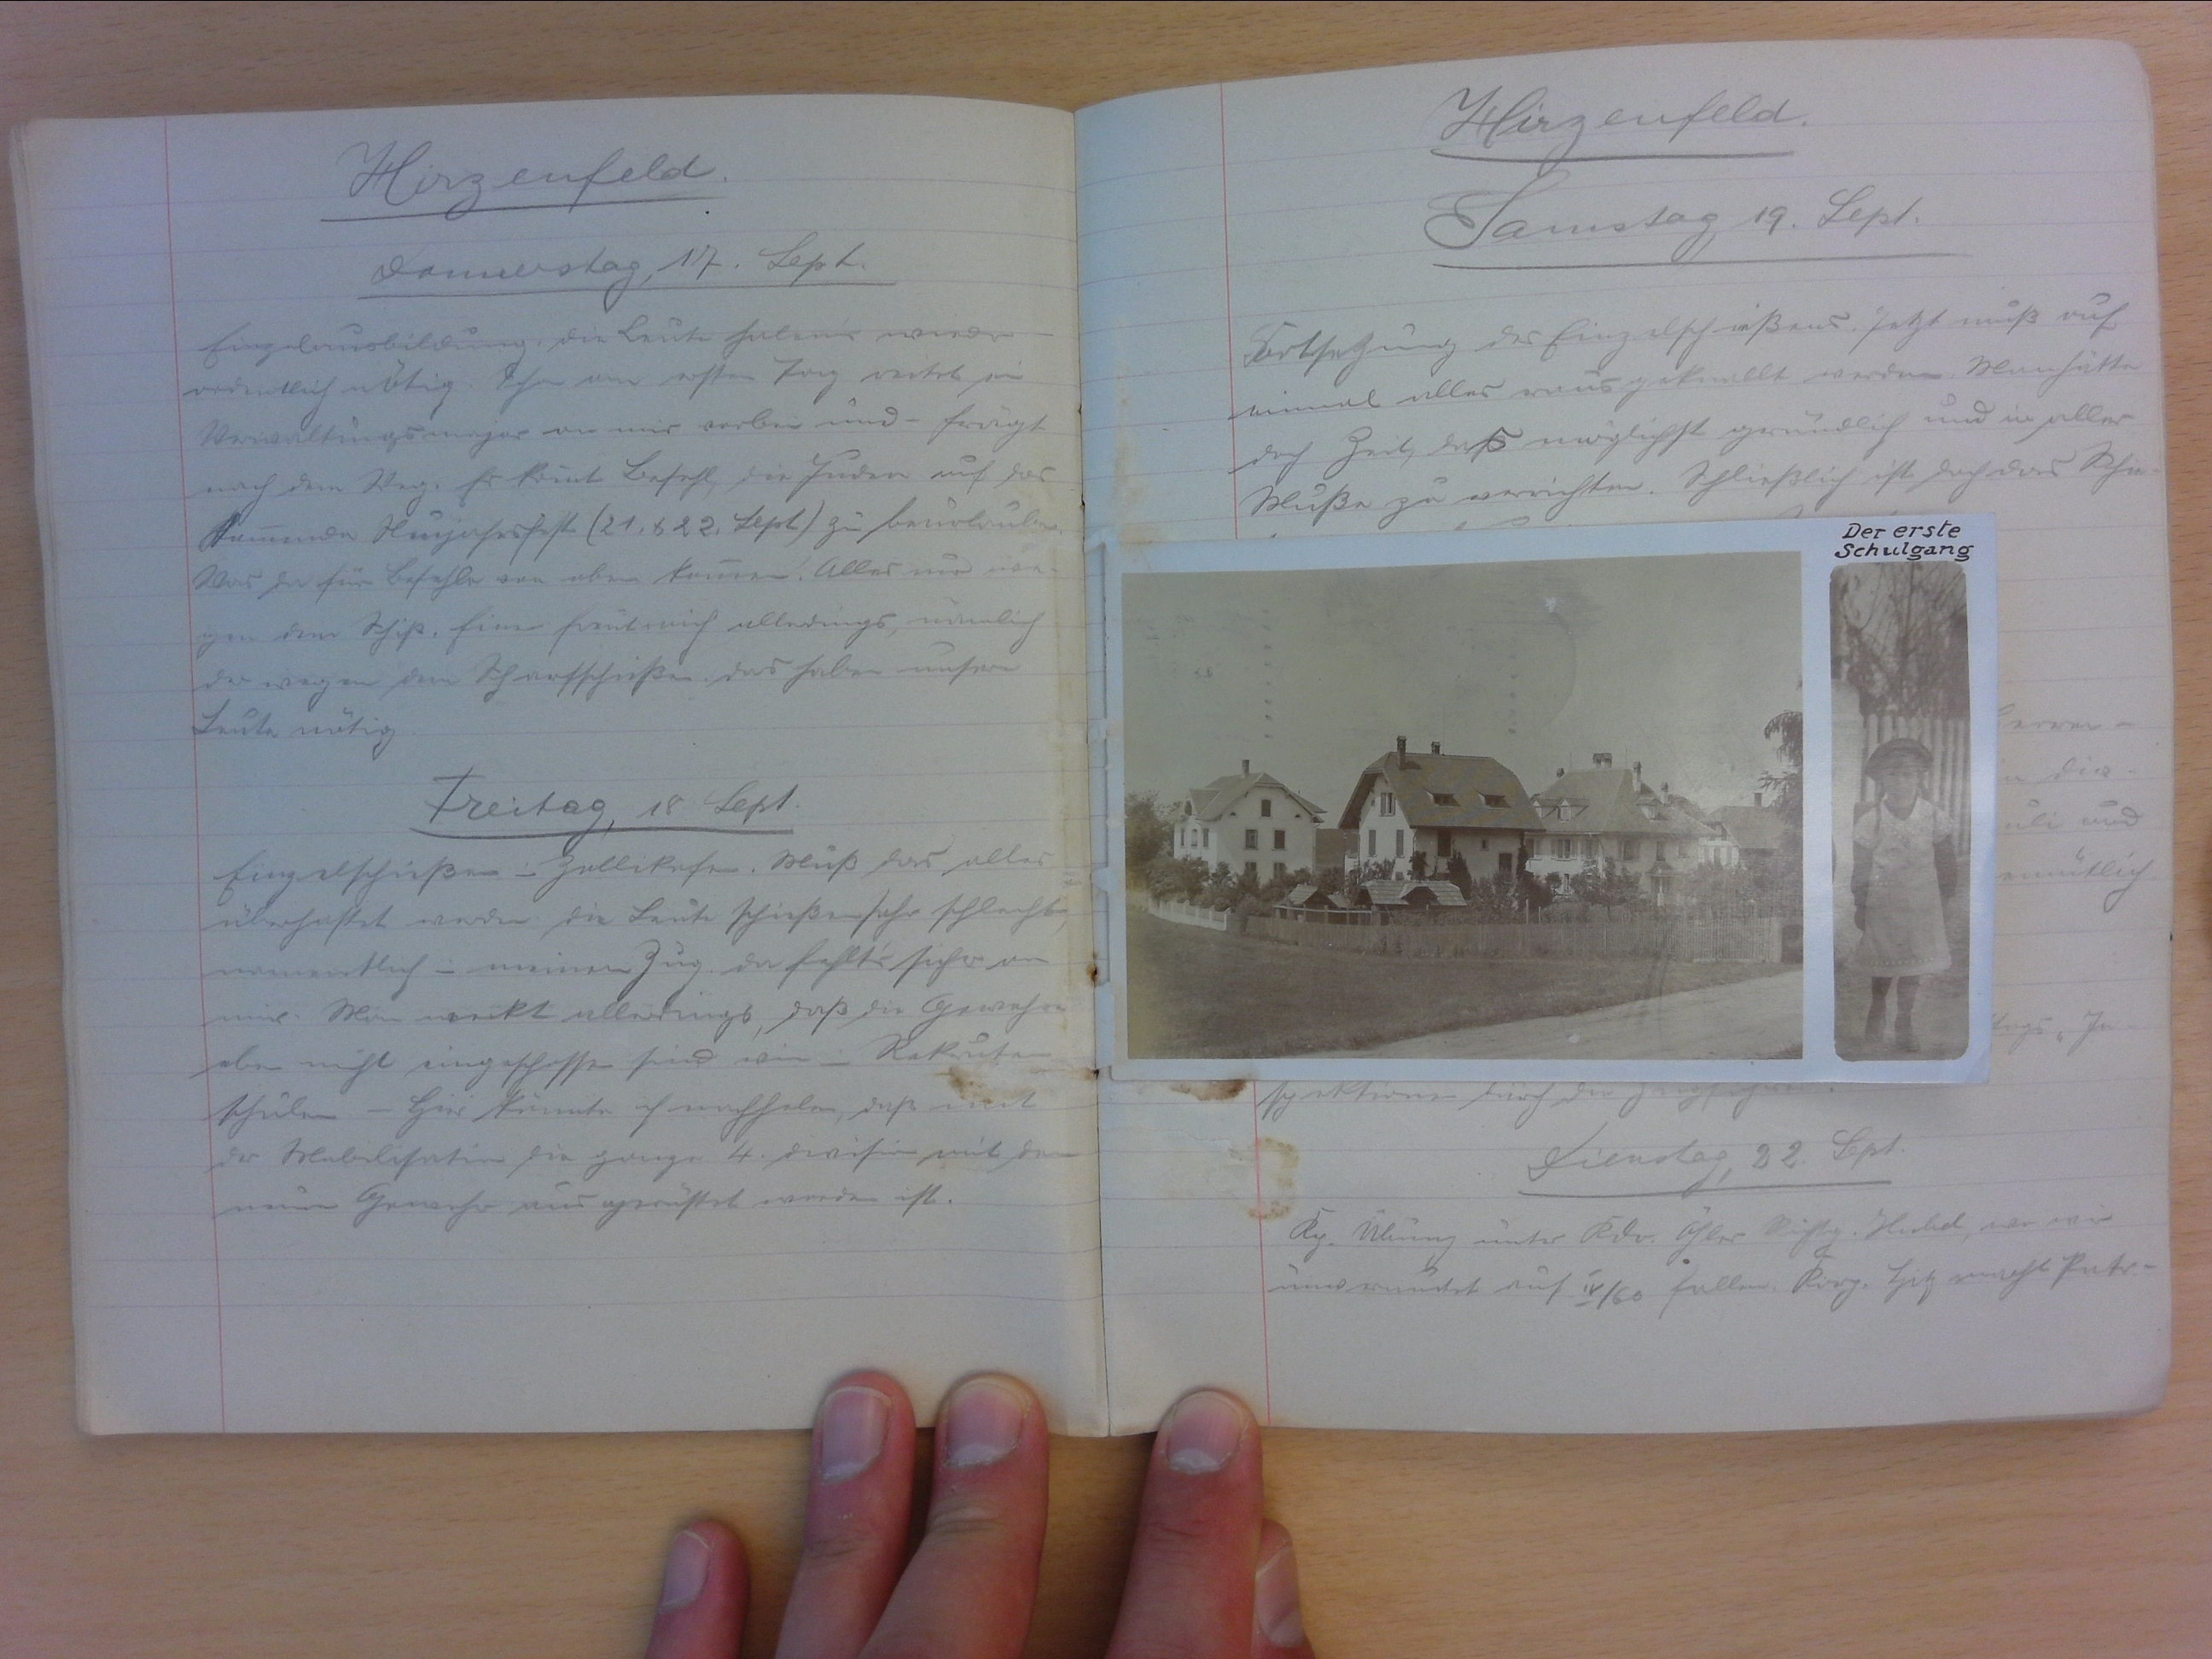
Hirzenfeld
Donnerstag, 17. Sept.
Einzelausbildung, die Leute habens wieder
ordentlich nötig. Schon am ersten Tag reitet ein
Verwaltungsmajor an mir vorbei und - fragt
nach dem Weg. Es kommt Befehl, die Juden auf das
kommende Neujahrsfest (21. & 22. Sept.)zu beurlauben.
Was da für Befehle von oben kommen. Alles nur we-
gen dem Schiss. Einer freut mich allerdings, nämlich
der wegen dem Scharfschiessen. Das haben unsere
Leute nötig.
Freitag, 18. Sept.
Einzelschiessen in Zollikofen. Muss das alles
überhastet werden. Die Leute schiessen sehr schlecht,
namentlich in meinem Zug. Da fehlt's sicher an
mir. Man merkt allerdings, dass die Gewehre
eben nicht eingeschossen sind wie in Rekruten-
schule. - Hier könnte ich nachsehen, dass mit
der Mobilisation die ganze 4. Division mit dem
neuen Gewehr nur gerüstet worden ist.